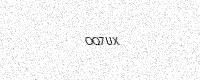
Text: OQ7UX